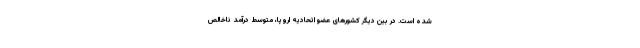
شده است. در بین دیگر کشورهای عضو اتحادیه اروپا، متوسط درآمد ناخالص